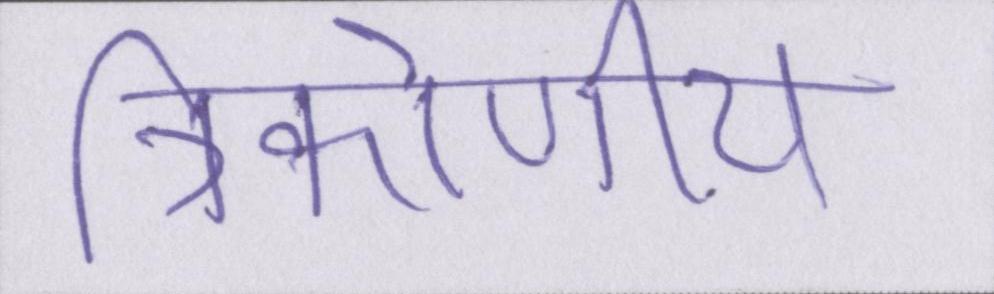
त्रिकोणीय